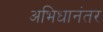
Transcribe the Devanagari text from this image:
अभिधानंतर